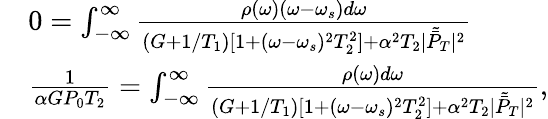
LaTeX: \begin{array}{rl}&{0=\int_{-\infty}^{\infty}\frac{\rho(\omega)(\omega-\omega_{s})d\omega}{(G+{1}/{T_{1}})[1+(\omega-\omega_{s})^{2}T_{2}^{2}]+\alpha^{2}T_{2}|\tilde{\bar{P}}_{T}|^{2}}}\\ &{\frac 1{\alpha GP_{0}T_{2}}=\int_{-\infty}^{\infty}\frac{\rho(\omega)d\omega}{(G+1/T_{1})[1+(\omega-\omega_{s})^{2}T_{2}^{2}]+\alpha^{2}T_{2}|\tilde{\bar{P}}_{T}|^{2}},}\end{array}